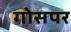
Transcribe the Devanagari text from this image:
गोसपर